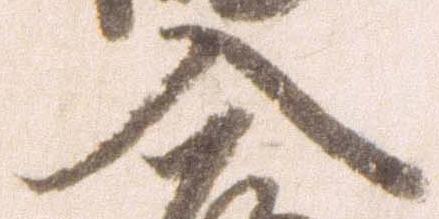
入